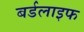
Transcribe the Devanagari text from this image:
बर्डलाइफ